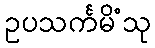
ဥပသင်္ကမိံသု